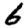
Digit: 6